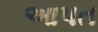
આપત